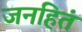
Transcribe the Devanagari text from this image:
जनहितं